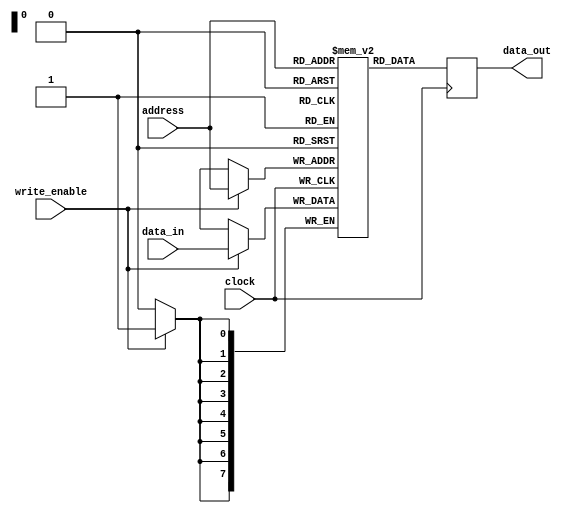
module DRAM (
    input wire clock,
    input wire write_enable,
    input wire [7:0] address,
    input wire [7:0] data_in,
    output reg [7:0] data_out
);

reg [7:0] memory [0:255];

always @ (posedge clock) begin
    if (write_enable) begin
        memory[address] <= data_in;
    end
    
    data_out <= memory[address];
end

endmodule